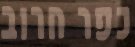
כפר חרוב